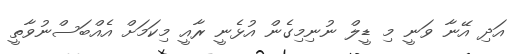
އަދި އޭނާ ވަނީ މި ޑީލް ނުނިމިގެން އުޅެނީ ރާއީ މިކަމަށް އެއްބަސްނުވާތީ